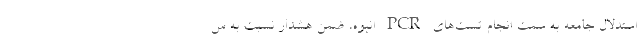
استدلال جامعه به سمت انجام تست‌های PCR انبوه، ضمن هشدار نسبت به س